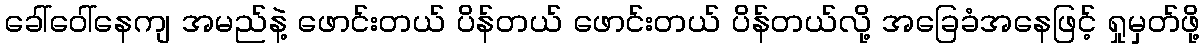
ခေါ်ဝေါ်နေကျ အမည်နဲ့ ဖောင်းတယ် ပိန်တယ် ဖောင်းတယ် ပိန်တယ်လို့ အခြေခံအနေဖြင့် ရှုမှတ်ဖို့